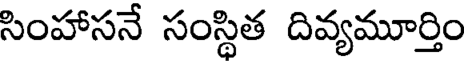
సింహాసనే సంస్థిత దివ్యమూర్తిం